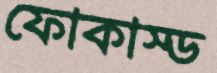
ফোকাস্ড